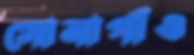
সোনাগাঁও